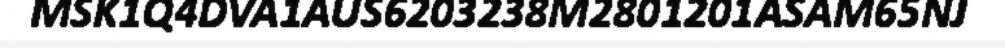
MSK1Q4DVA1AUS6203238M2801201ASAM65NJ